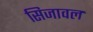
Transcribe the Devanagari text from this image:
सिजावल